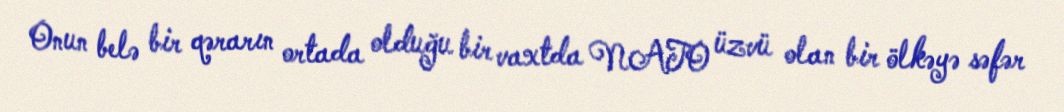
Onun belə bir qərarın ortada olduğu bir vaxtda NATO üzvü olan bir ölkəyə səfər